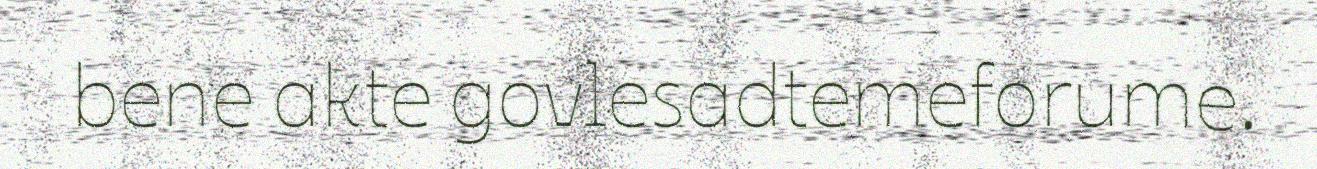
bene akte govlesadtemeforume.